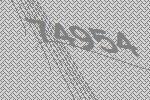
74954